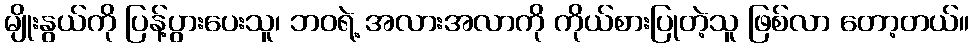
မျိုးနွယ်ကို ပြန့်ပွားပေးသူ၊ ဘဝရဲ့ အလားအလာကို ကိုယ်စားပြုတဲ့သူ ဖြစ်လာ တော့တယ်။